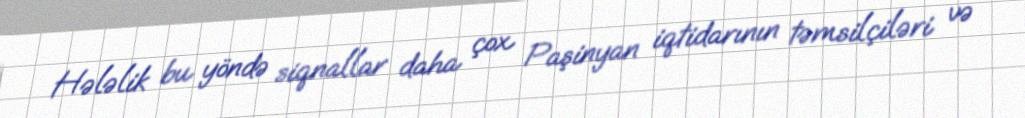
Hələlik bu yöndə siqnallar daha çox Paşinyan iqtidarının təmsilçiləri və